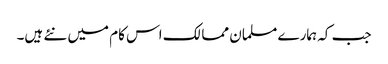
جب کہ ہمارے مسلمان ممالک اس کام میں نئے ہیں۔